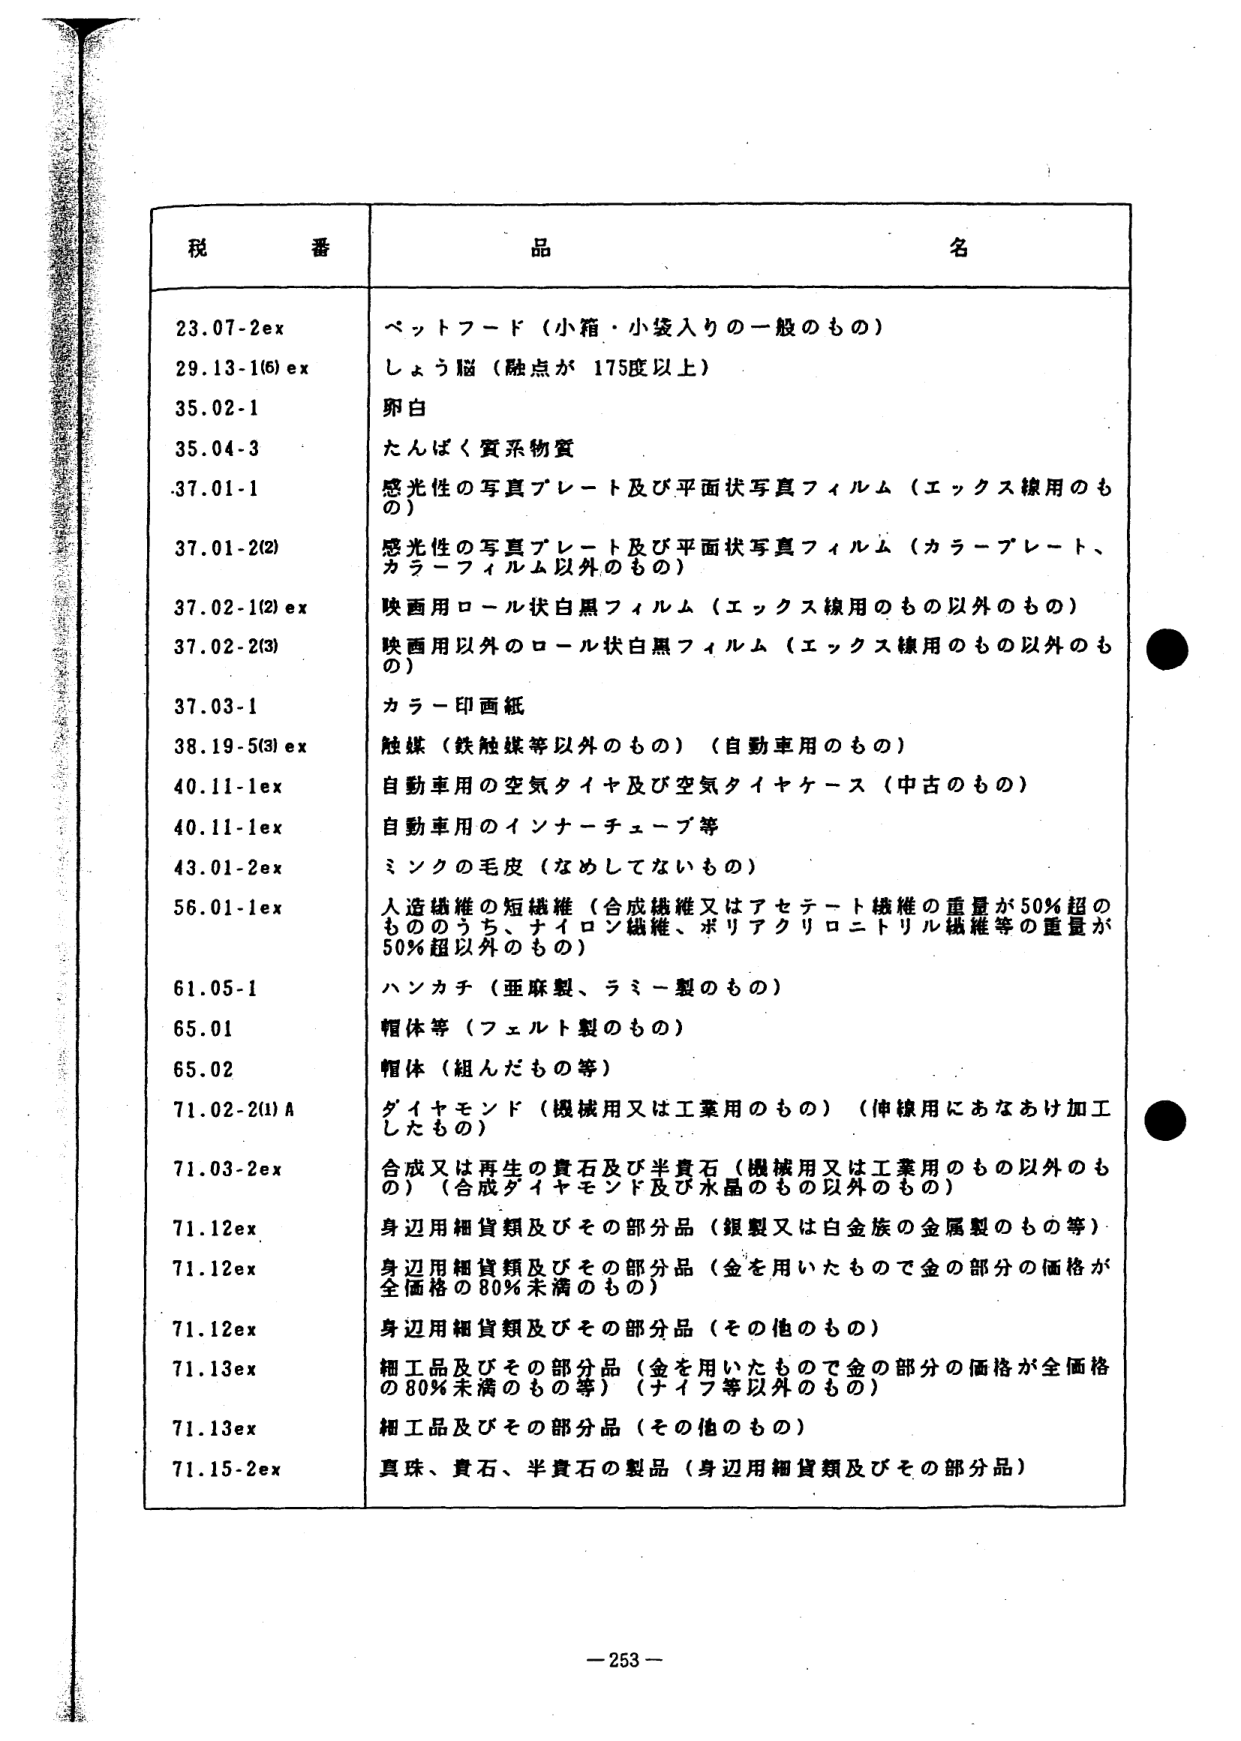
税 番 品 名
23.07-2ex ペットフード（小箱・小袋入りの一般のもの）
29.13-1(6) ex しょう脳（融点が 175度以上）
35.02-1 卵白
35.04-3 たんぱく質系物質
37.01-1 感光性の写真プレート及び平面状写真フィルム（エックス線用のもの）
37.01-2(2) 感光性の写真プレート及び平面状写真フィルム（カラープレート、カラーフィルム以外のもの）
37.02-1(2) ex 映画用ロール状白黒フィルム（エックス線用のもの以外のもの）
37.02-2(3) 映画用以外のロール状白黒フィルム（エックス線用のもの以外のもの）
37.03-1 カラー印画紙
38.19-5(3) ex 触媒（鉄触媒等以外のもの）（自動車用のもの）
40.11-1ex 自動車用の空気タイヤ及び空気タイヤケース（中古のもの）
40.11-1ex 自動車用のインナーチューブ等
43.01-2ex ミンクの毛皮（なめしてないもの）
56.01-1ex 人造繊維の短繊維（合成繊維又はアセテート繊維の重量が50%超のもののうち、ナイロン繊維、ポリアクリロニトリル繊維等の重量が50%超以外のもの）
61.05-1 ハンカチ（亜麻製、ラミー製のもの）
65.01 帽体等（フェルト製のもの）
65.02 帽体（組んだもの等）
71.02-2(1) A ダイヤモンド（機械用又は工業用のもの）（伸線用にあなあけ加工したもの）
71.03-2ex 合成又は再生の貴石及び半貴石（機械用又は工業用のもの以外のもの）（合成ダイヤモンド及び水晶のもの以外のもの）
71.12ex 身辺用細貨類及びその部分品（銀製又は白金族の金属製のもの等）
71.12ex 身辺用細貨類及びその部分品（金を用いたもので金の部分の価格が全価格の80%未満のもの）
71.12ex 身辺用細貨類及びその部分品（その他のもの）
71.13ex 細工品及びその部分品（金を用いたもので金の部分の価格が全価格の80%未満のもの等）（ナイフ等以外のもの）
71.13ex 細工品及びその部分品（その他のもの）
71.15-2ex 真珠、貴石、半貴石の製品（身辺用細貨類及びその部分品）
-253-